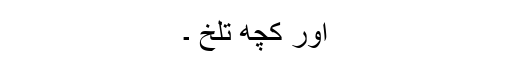
اور کچھ تلخ ۔